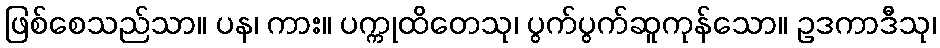
ဖြစ်စေသည်သာ။ ပန၊ ကား။ ပက္ကုထိတေသု၊ ပွက်ပွက်ဆူကုန်သော။ ဥဒကာဒီသု၊